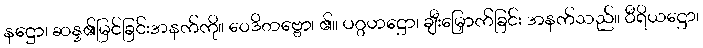
နဋ္ဌော၊ ဆန္ဒ၏မြင်ခြင်းအနက်ကို။ ဝေဒိတဗ္ဗော၊ ၏။ ပဂ္ဂဟဋ္ဌော၊ ချီးမြှောက်ခြင်း အနက်သည်။ ဝီရိယဋ္ဌော၊